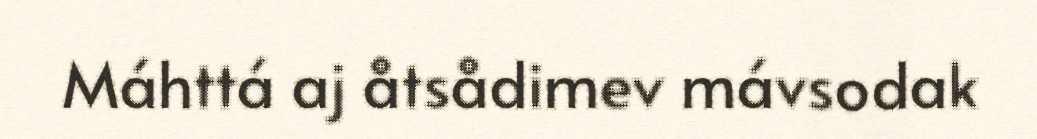
Máhttá aj åtsådimev mávsodak